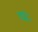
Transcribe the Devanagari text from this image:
षः